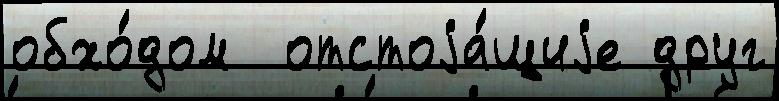
обхо́дом  отстоjа́щиjе друг